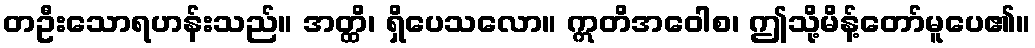
တဦးသောရဟန်းသည်။ အတ္ထိ၊ ရှိပေသလော။ ဣတိအဝေါစ၊ ဤသို့မိန့်တော်မူပေ၏။